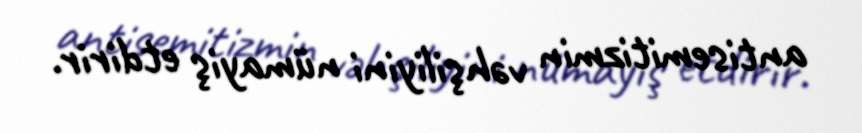
antisemitizmin vəhşiliyini nümayiş etdirir.